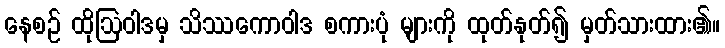
နေစဉ် ထိုဩဝါဒမှ သိဿကောဝါဒ စကားပုံ များကို ထုတ်နုတ်၍ မှတ်သားထား၏။